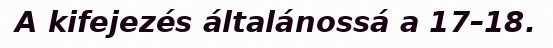
A kifejezés általánossá a 17–18.